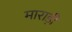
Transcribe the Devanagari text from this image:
माराड़ी